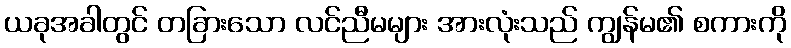
ယခုအခါတွင် တခြားသော လင်ညီမများ အားလုံးသည် ကျွန်မ၏ စကားကို